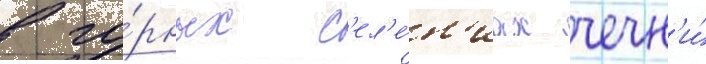
в го́рных с'ел'е́н'иах чечн'и́